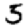
Digit: 5